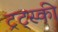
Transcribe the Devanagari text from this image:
ट्रट्स्की